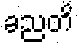
ခညတိ